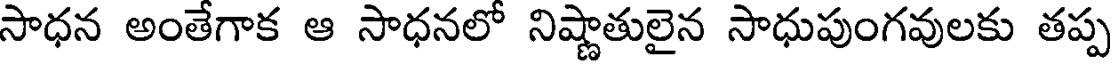
సాధన అంతేగాక ఆ సాధనలో నిష్ణాతులైన సాధుపుంగవులకు తప్ప